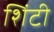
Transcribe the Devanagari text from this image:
शिंटी